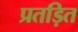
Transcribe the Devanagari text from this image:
प्रतड़ित